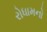
રોધામનો